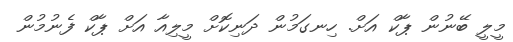
މީލީ ބޭނުން ޕާކް އަށް. ހިނގަމުން ދަނިކޮށް މީލިއާ އަށް ޕާކް ފެނުމުން